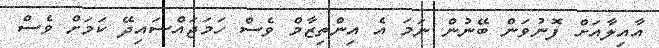
އާއިލާއަށް ފޮނުވަން ބޭނުން ނަމަ އެ އިންތިޒާމް ވެސް ހަމަޖައްސައިދޭ ކަމަށް ވެސް